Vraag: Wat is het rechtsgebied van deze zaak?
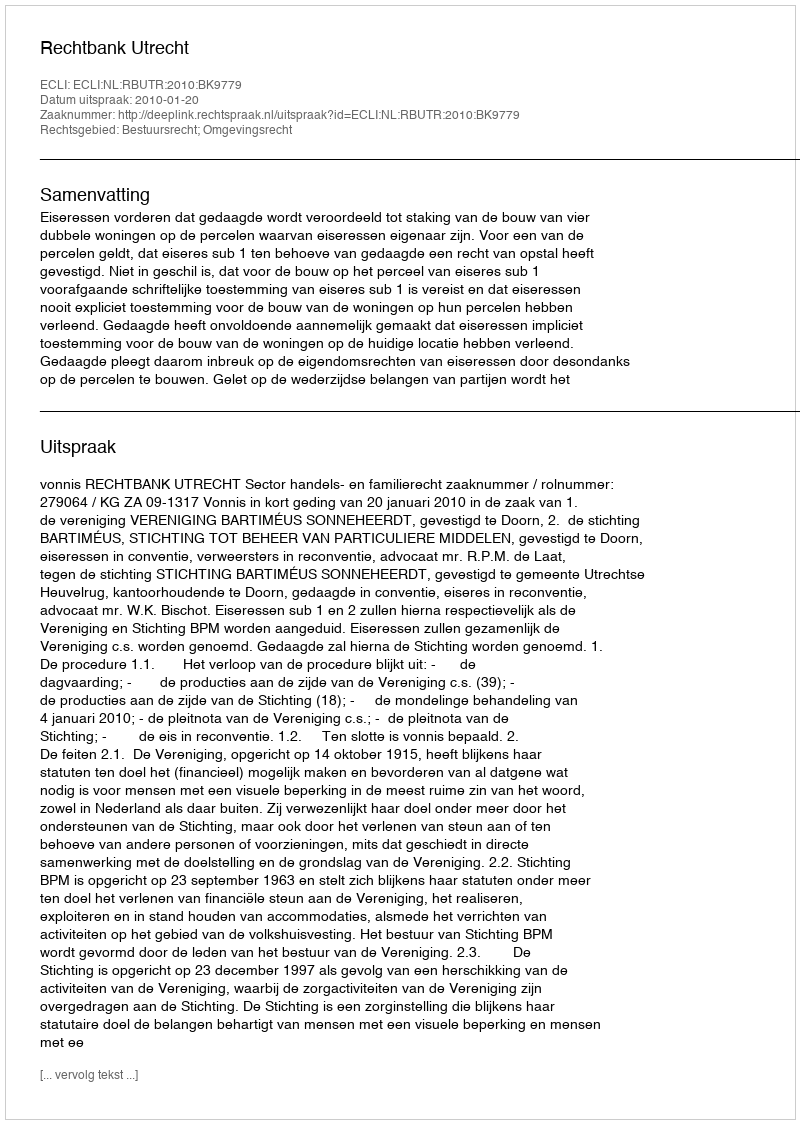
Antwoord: Bestuursrecht; Omgevingsrecht